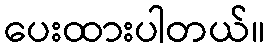
ပေးထားပါတယ်။